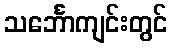
သင်္ဘောကျင်းတွင်